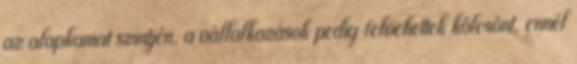
az alapkamat szintjén, a vállalkozások pedig felvehettek kölcsönt, ennél